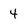
Character: 4